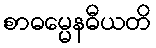
စာဓမ္မေနဓီယတိ